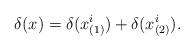
LaTeX: \begin{align*}\delta(x) = \delta(x_{(1)}^i) + \delta(x_{(2)}^i). \end{align*}